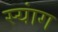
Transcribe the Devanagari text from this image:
स्‍यांग